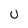
Character: U